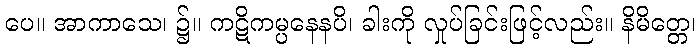
ပေ။ အာကာသေ၊ ၌။ ကဋိကမ္ပနေနပိ၊ ခါးကို လှုပ်ခြင်းဖြင့်လည်း။ နိမိတ္တေ၊